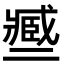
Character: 𢨑